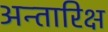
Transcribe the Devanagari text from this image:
अन्तारिक्ष